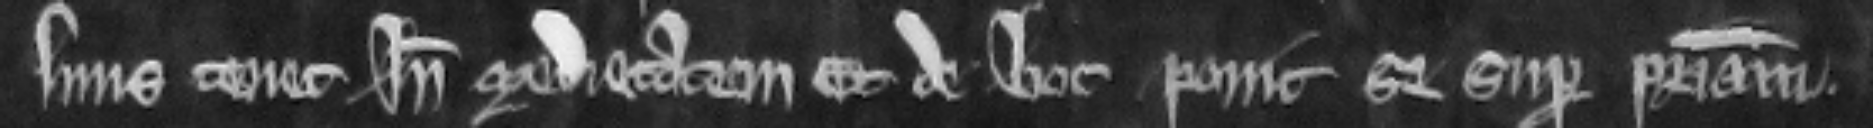
suus tenet inde medietatem. Et de hoc ponit se super patriam.